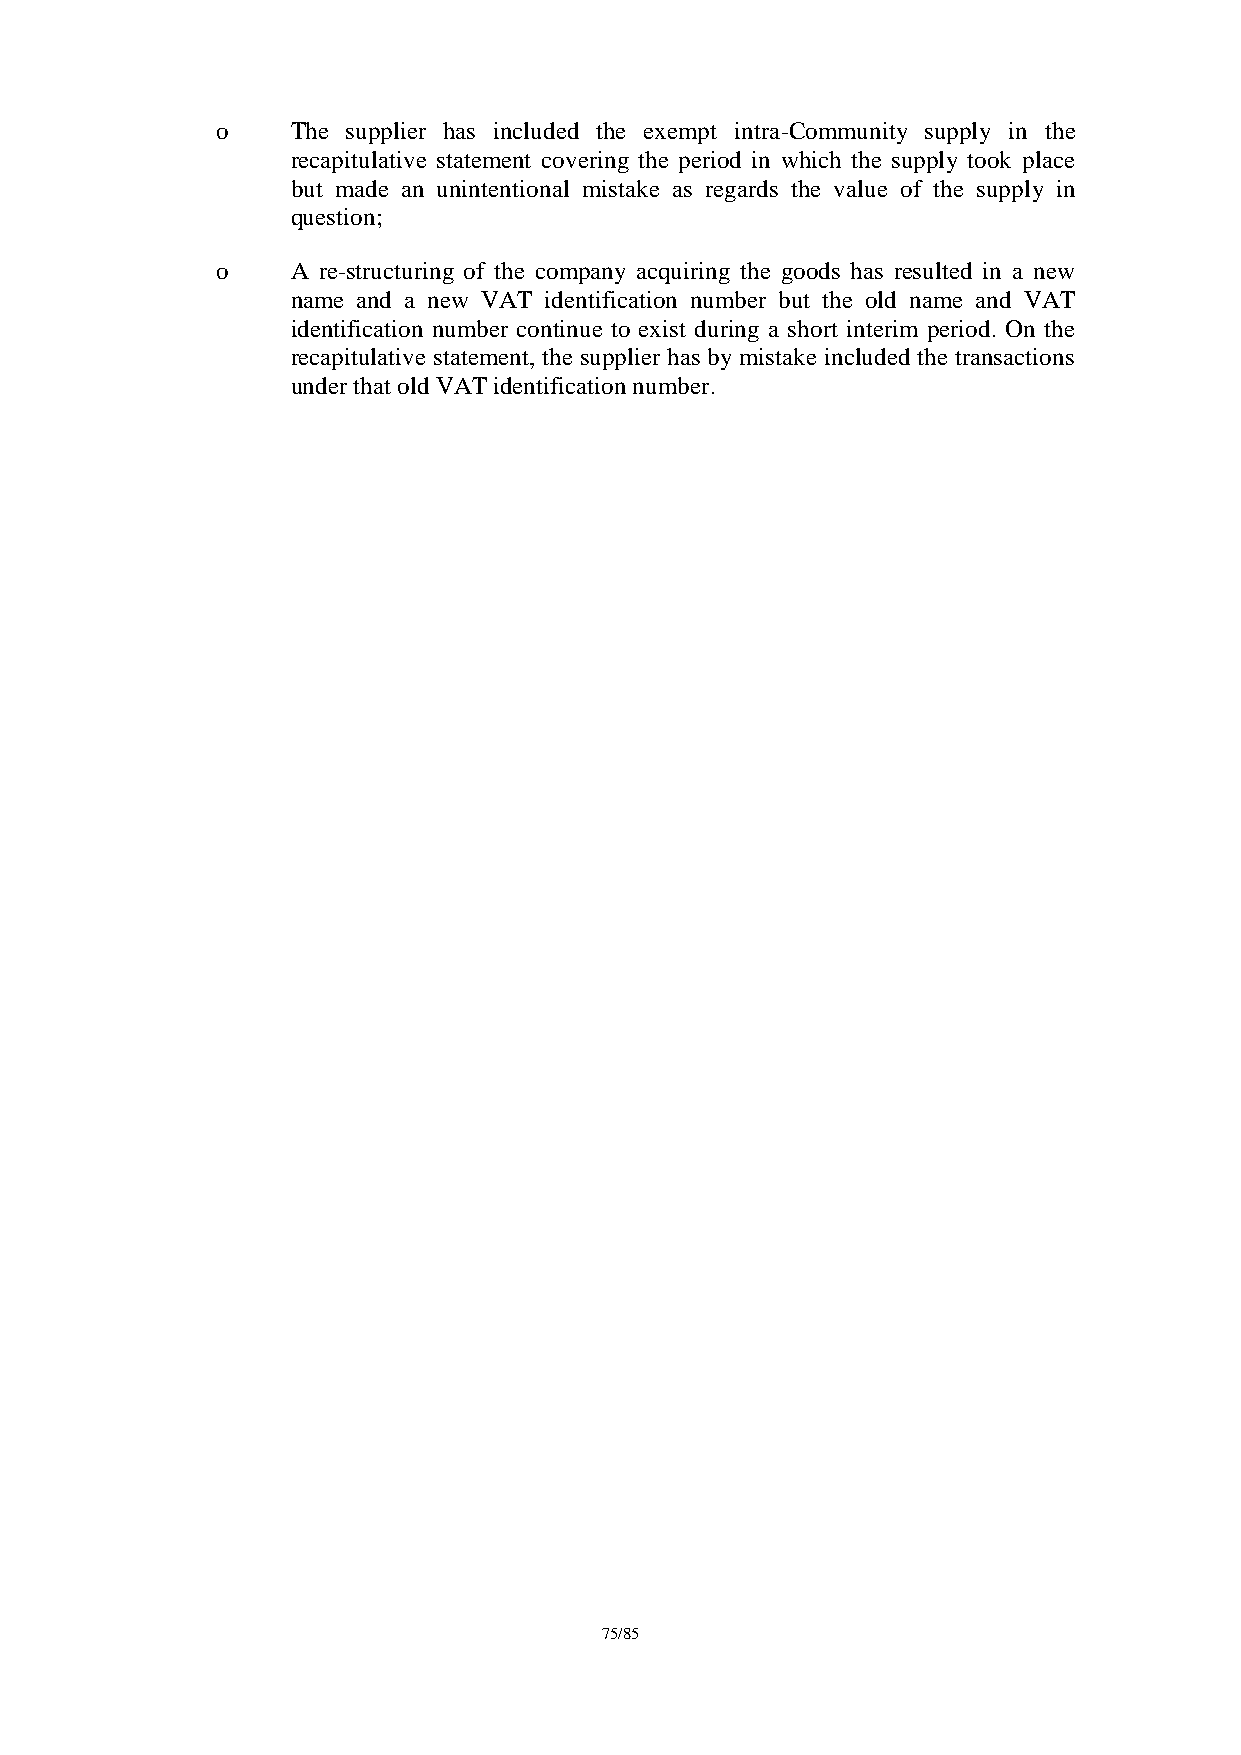
o    The supplier has included the exempt intra-Community supply in the
 recapitulative statement covering the period in which the supply took place
 but made an unintentional mistake as regards the value of the supply in
 question;
 o    A re-structuring of the company acquiring the goods has resulted in a new
 name and a new VAT identification number but the old name and VAT
 identification number continue to exist during a short interim period. On the
 recapitulative statement, the supplier has by mistake included the transactions
 under that old VAT identification number.
 75/85